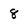
Character: 8